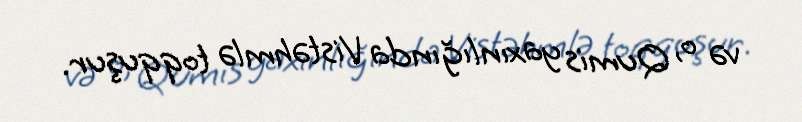
və o, Qumis yaxınlığında Vistəhmlə toqquşur.